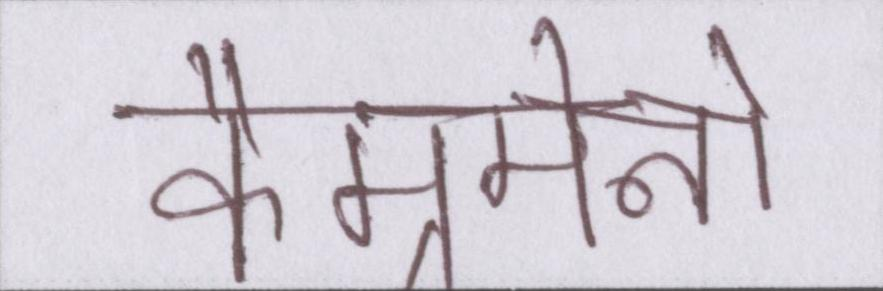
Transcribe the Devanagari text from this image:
कैम्रमेनों